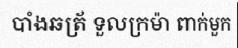
បាំងឆត្រ័ ទួលក្រម៉ា ពាក់មួក